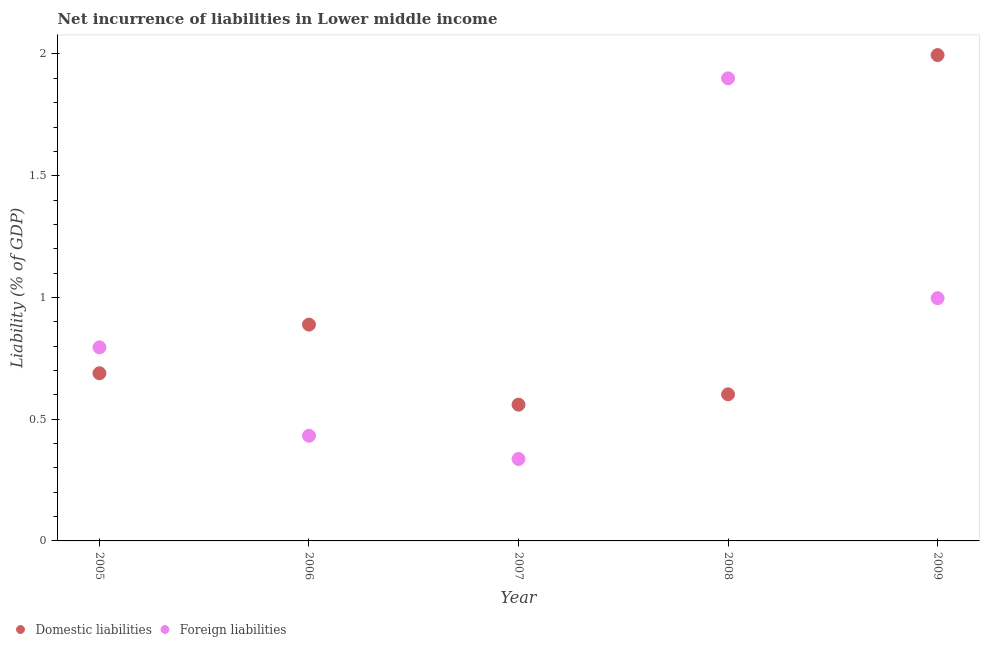
| Year | Domestic liabilities | Foreign liabilities |
 | --- | --- | --- |
 | 2005 | 0.689 | 0.795 |
 | 2006 | 0.889 | 0.432 |
 | 2007 | 0.56 | 0.337 |
 | 2008 | 0.602 | 1.9 |
 | 2009 | 2 | 0.997 |